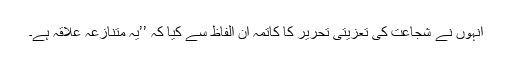
انہوں نے شجاعت کی تعزیتی تحریر کا کاتمہ ان الفاظ سے کیا کہ ’’یہ متنازعہ علاقہ ہے۔